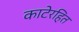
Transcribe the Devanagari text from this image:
काटेरहित